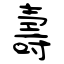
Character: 壽